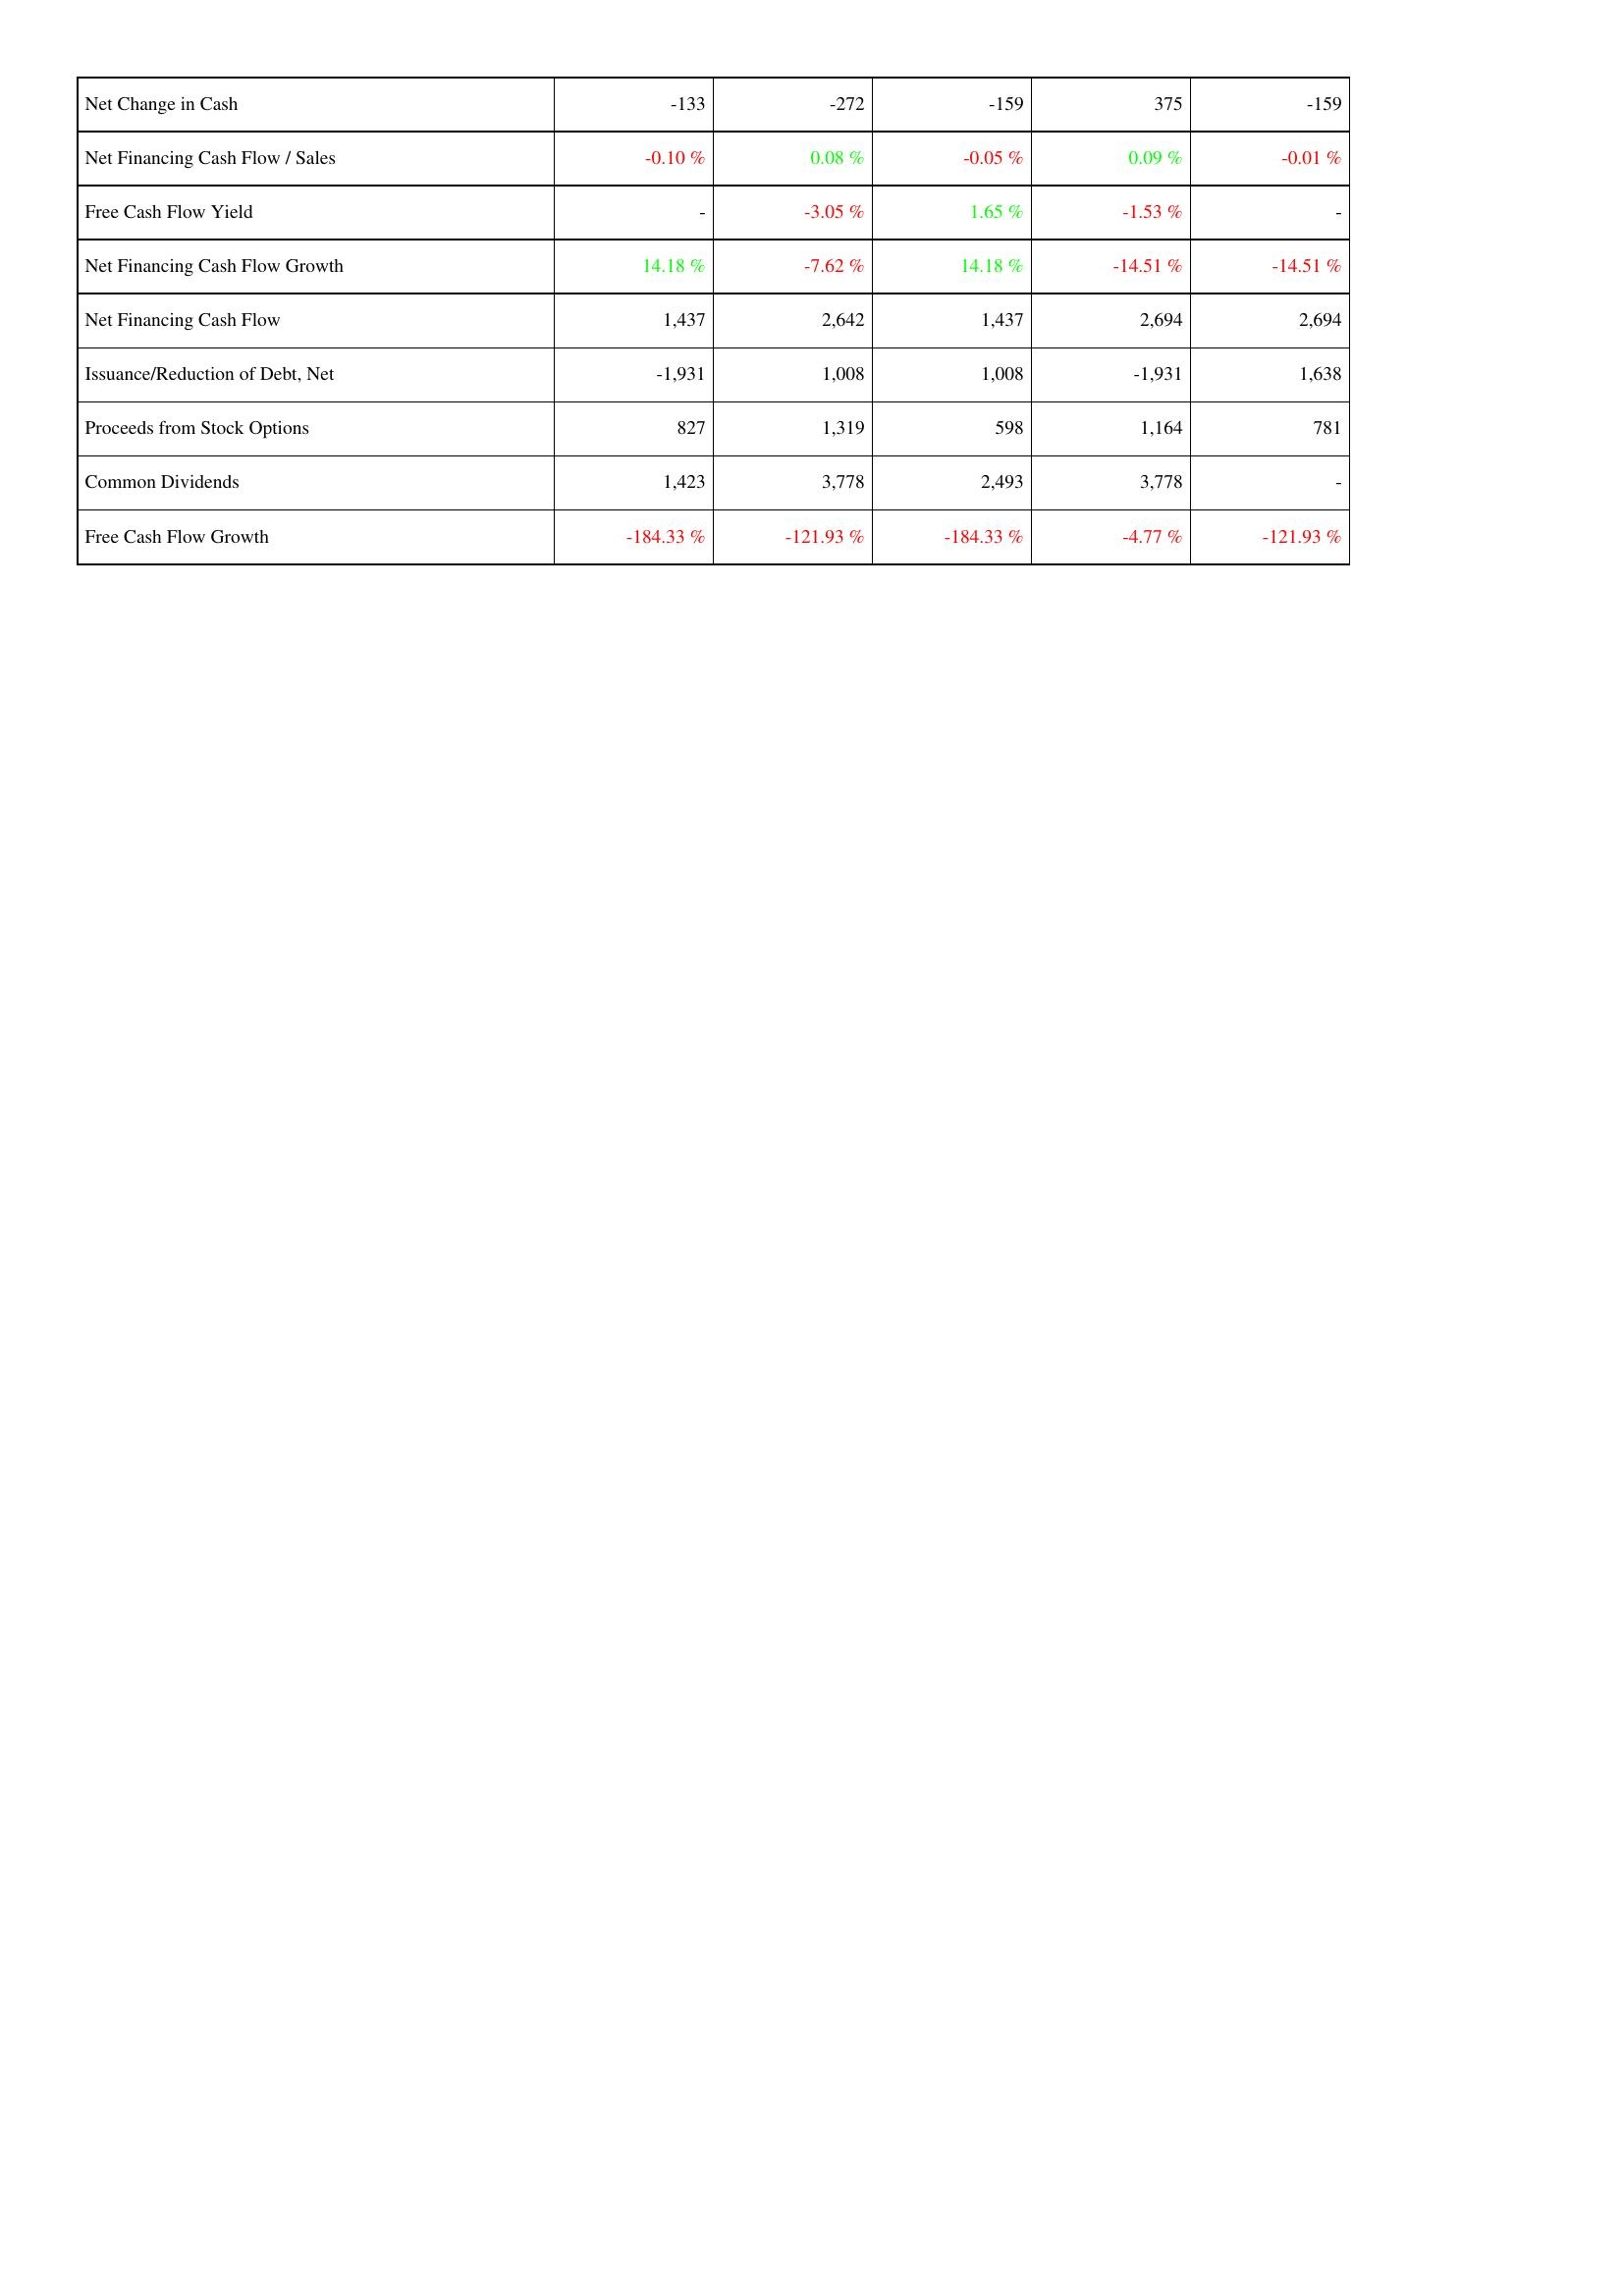
2008: Financing Activities: Net Change in Cash: -133
Net Financing Cash Flow / Sales: -0.10 %
Free Cash Flow Yield: -
Net Financing Cash Flow Growth: 14.18 %
Net Financing Cash Flow: 1,437
Issuance/Reduction of Debt, Net: -1,931
Proceeds from Stock Options: 827
Common Dividends: 1,423
Free Cash Flow Growth: -184.33 %
2009: Financing Activities: Net Change in Cash: -272
Net Financing Cash Flow / Sales: 0.08 %
Free Cash Flow Yield: -3.05 %
Net Financing Cash Flow Growth: -7.62 %
Net Financing Cash Flow: 2,642
Issuance/Reduction of Debt, Net: 1,008
Proceeds from Stock Options: 1,319
Common Dividends: 3,778
Free Cash Flow Growth: -121.93 %
2010: Financing Activities: Net Change in Cash: -159
Net Financing Cash Flow / Sales: -0.05 %
Free Cash Flow Yield: 1.65 %
Net Financing Cash Flow Growth: 14.18 %
Net Financing Cash Flow: 1,437
Issuance/Reduction of Debt, Net: 1,008
Proceeds from Stock Options: 598
Common Dividends: 2,493
Free Cash Flow Growth: -184.33 %
2011: Financing Activities: Net Change in Cash: 375
Net Financing Cash Flow / Sales: 0.09 %
Free Cash Flow Yield: -1.53 %
Net Financing Cash Flow Growth: -14.51 %
Net Financing Cash Flow: 2,694
Issuance/Reduction of Debt, Net: -1,931
Proceeds from Stock Options: 1,164
Common Dividends: 3,778
Free Cash Flow Growth: -4.77 %
2012: Financing Activities: Net Change in Cash: -159
Net Financing Cash Flow / Sales: -0.01 %
Free Cash Flow Yield: -
Net Financing Cash Flow Growth: -14.51 %
Net Financing Cash Flow: 2,694
Issuance/Reduction of Debt, Net: 1,638
Proceeds from Stock Options: 781
Common Dividends: -
Free Cash Flow Growth: -121.93 %